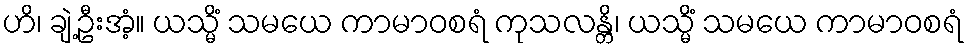
ဟိ၊ ချဲ့ဦးအံ့။ ယသ္မိံ သမယေ ကာမာဝစရံ ကုသလန္တိ၊ ယသ္မိံ သမယေ ကာမာဝစရံ